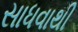
સાધવાથી